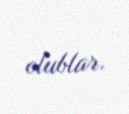
olublar.